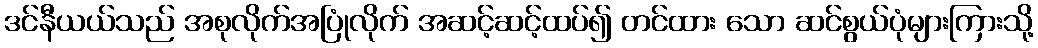
ဒင်နီယယ်သည် အစုလိုက်အပြုံလိုက် အဆင့်ဆင့်ထပ်၍ တင်ထား သော ဆင်စွယ်ပုံများကြားသို့